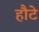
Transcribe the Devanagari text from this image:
हौटे